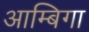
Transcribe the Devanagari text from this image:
आम्बिगा